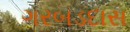
ગરબડદાસ